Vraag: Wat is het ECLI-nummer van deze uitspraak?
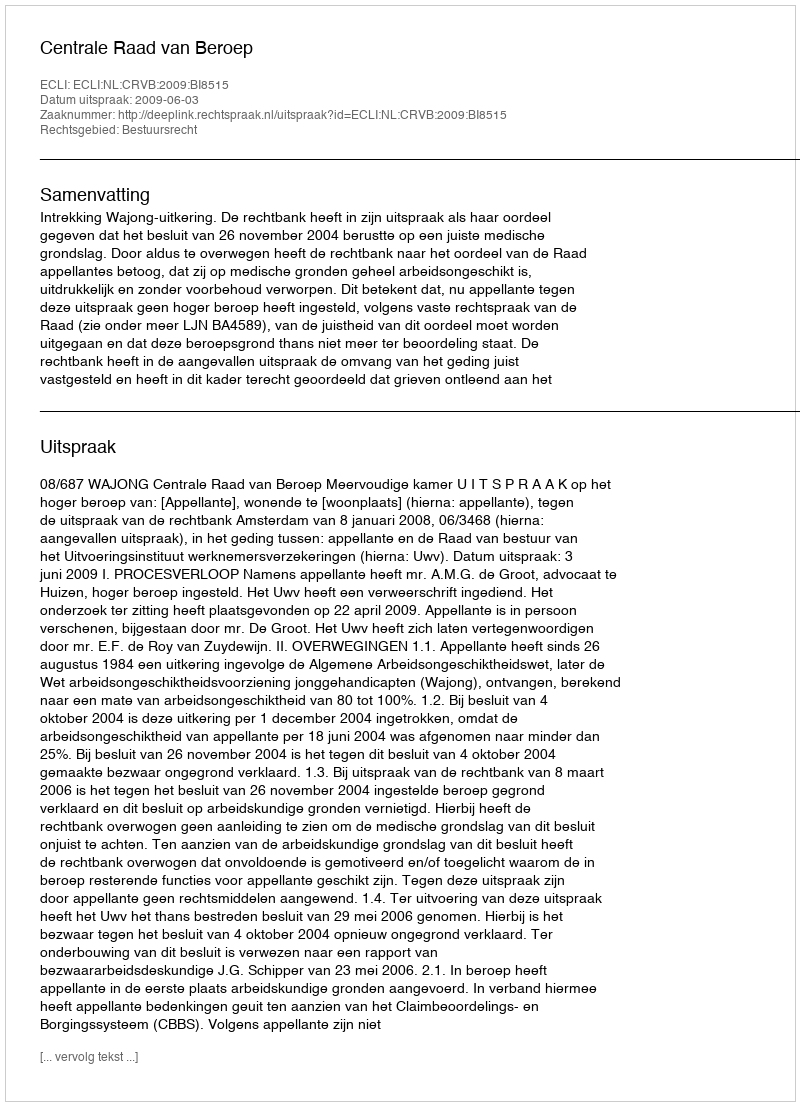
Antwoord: ECLI:NL:CRVB:2009:BI8515